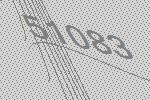
51083